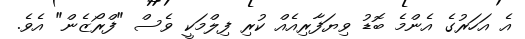
އެ އަހަރުގެ އެންމެ ބޮޑު ވިޔަފާރިއެއް ކުރި ފިލްމަކީ ވެސް "ފްރޯޒެން" އެވެ.